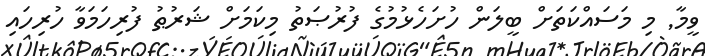
ވީމާ